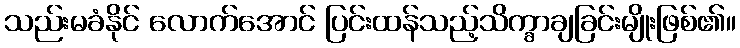
သည်းမခံနိုင် လောက်အောင် ပြင်းထန်သည့်သိက္ခာချခြင်းမျိုးဖြစ်၏။